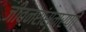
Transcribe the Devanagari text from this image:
जीवनसंस्मरणों